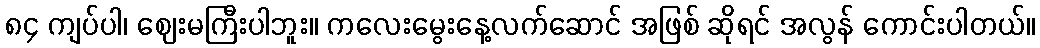
၈၄ ကျပ်ပါ၊ ဈေးမကြီးပါဘူး။ ကလေးမွေးနေ့လက်ဆောင် အဖြစ် ဆိုရင် အလွန် ကောင်းပါတယ်။